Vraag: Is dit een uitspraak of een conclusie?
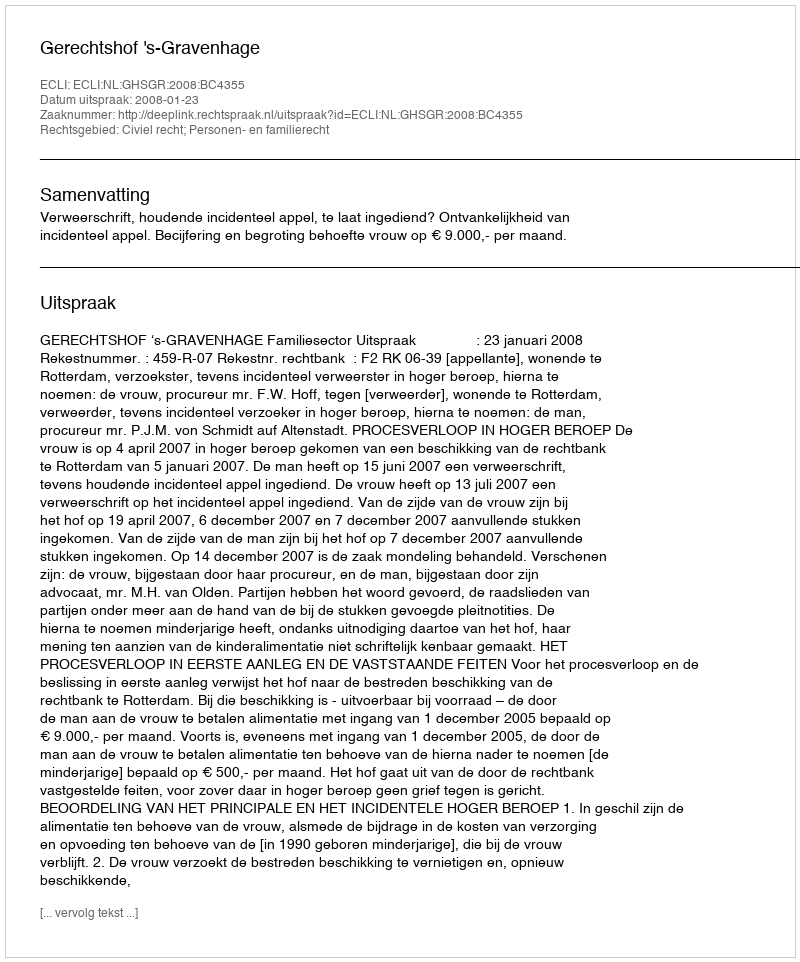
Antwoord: Uitspraak